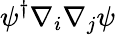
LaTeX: \psi^{\dagger}\nabla_{i}\nabla_{j}\psi